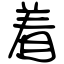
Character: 着